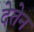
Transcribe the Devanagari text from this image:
देतेन